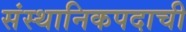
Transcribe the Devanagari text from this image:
संस्थानिकपदाची